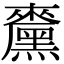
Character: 𪒁